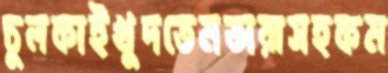
চুলকাইখুদতেমতারাসহকম